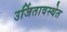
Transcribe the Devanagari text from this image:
उर्जितावस्थेत